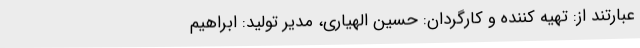
عبارتند از: تهیه کننده و کارگردان: حسین الهیاری، مدیر تولید: ابراهیم